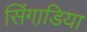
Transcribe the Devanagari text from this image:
सिंगाडि़या